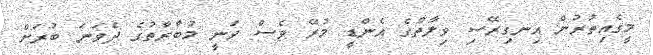
މީގެއިތުރުން އިނގިރޭސި ވިލާތުގެ އެންޑީ މުރޭ ވެސް ވަނީ މުބާރާތުގެ ދެވަނަ ބުރަށް